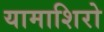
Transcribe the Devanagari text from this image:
यामाशिरो